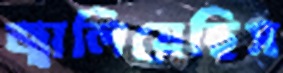
জ্বালিয়েছিস